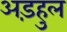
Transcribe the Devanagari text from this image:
अड़हुल